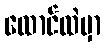
ထောင်ထဲမှာ